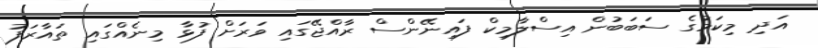
އަދި މިކަމުގެ ސަބަބުން އިސްލާމިކް ފައިނޭންސް ރާއްޖޭގައި ވަރަށް ފުޅާ މިނެއްގައި ތައާރަފު